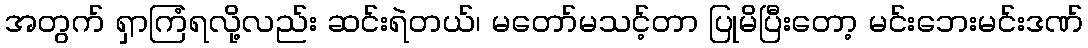
အတွက် ရှာကြံရလို့လည်း ဆင်းရဲတယ်၊ မတော်မသင့်တာ ပြုမိပြီးတော့ မင်းဘေးမင်းဒဏ်